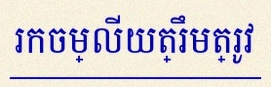
រកចម្លើយត្រឹមត្រូវ